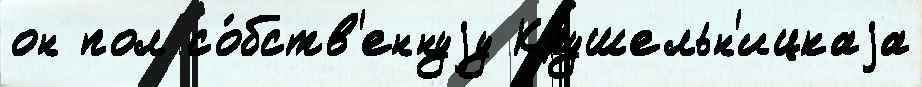
он пол со́бств'еннуjу Крушельн'ицкаjа